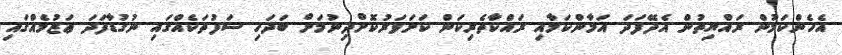
އެހެންކަމުން ރައްޔިތުން އެދޭފަދަ އަމާންކަމާއި ރައްކާތެރިކަން ކަށަވަރުކޮށްދިނުމަށް ބަދަހި ސަފުތަކެއްގައި ނުގުޑާފަދަ ޢަޒުމެއްގައި